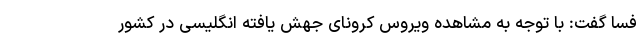
فسا گفت: با توجه به مشاهده ویروس کرونای جهش یافته انگلیسی در کشور